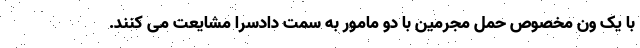
با یک ون مخصوص حمل مجرمین با دو مامور به سمت دادسرا مشایعت می کنند.